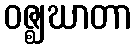
ဝဇ္ဈဃာတာ